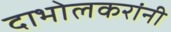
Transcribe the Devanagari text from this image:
दाभोलकरांनी